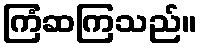
ကြံဆကြသည်။